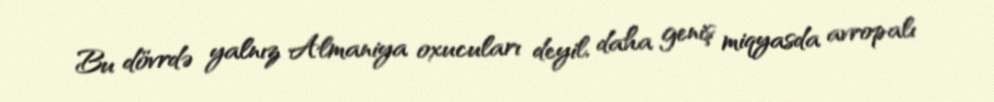
Bu dövrdə yalnız Almaniya oxucuları deyil, daha geniş miqyasda avropalı